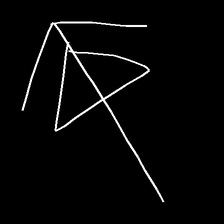
Glyph: pull